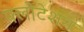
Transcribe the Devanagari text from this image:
फ्लोटेशन